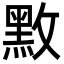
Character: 𪐫